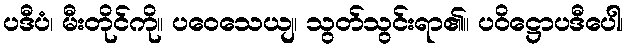
ပဒီပံ၊ မီးတိုင်ကို။ ပဝေသေယျ၊ သွတ်သွင်းရာ၏။ ပဝိဋ္ဌောပဒီပေါ၊